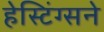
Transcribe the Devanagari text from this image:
हेस्टिंग्सने